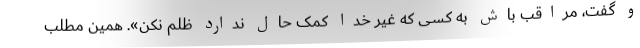
و گفت، مراقب باش به کسی که غیر خدا کمک حال ندارد ظلم نکن». همین مطلب